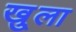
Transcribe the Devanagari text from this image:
खु्ला